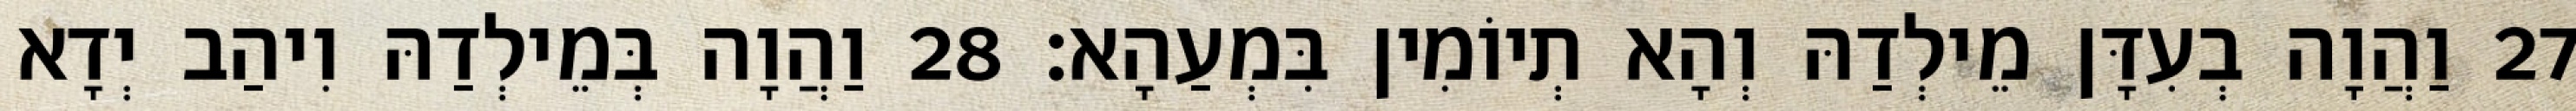
27 וַהֲוָה בְעִדָּן מֵילְדַהּ וְהָא תְיוֹמִין בִּמְעַהָא׃ 28 וַהֲוָה בְּמֵילְדַהּ וִיהַב יְדָא